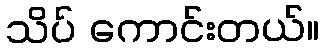
သိပ် ကောင်းတယ်။